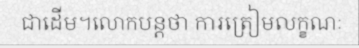
ជាដើម។លោកបន្តថា ការត្រៀមលក្ខណៈ